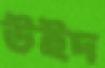
উইদ